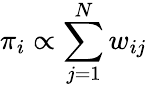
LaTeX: \pi_{i}\propto\sum_{j=1}^{N}w_{ij}